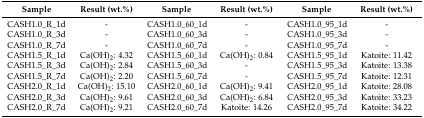
<table><thead><tr><td><b>Sample</b></td><td><b>Result (wt.%)</b></td><td><b>Sample</b></td><td><b>Result (wt.%)</b></td><td><b>Sample</b></td><td><b>Result (wt.%)</b></td></tr></thead><tbody><tr><td>CASH1.0_R_1d</td><td>-</td><td>CASH1.0_60_1d</td><td>-</td><td>CASH1.0_95_1d</td><td>-</td></tr><tr><td>CASH1.0_R_3d</td><td>-</td><td>CASH1.0_60_3d</td><td>-</td><td>CASH1.0_95_3d</td><td>-</td></tr><tr><td>CASH1.0_R_7d</td><td>-</td><td>CASH1.0_60_7d</td><td>-</td><td>CASH1.0_95_7d</td><td>-</td></tr><tr><td>CASH1.5_R_1d</td><td>Ca(OH)<sub>2</sub>: 4.32</td><td>CASH1.5_60_1d</td><td>Ca(OH)<sub>2</sub>: 0.84</td><td>CASH1.5_95_1d</td><td>Katoite: 11.42</td></tr><tr><td>CASH1.5_R_3d</td><td>Ca(OH)<sub>2</sub>: 2.84</td><td>CASH1.5_60_3d</td><td>-</td><td>CASH1.5_95_3d</td><td>Katoite: 13.38</td></tr><tr><td>CASH1.5_R_7d</td><td>Ca(OH)<sub>2</sub>: 2.20</td><td>CASH1.5_60_7d</td><td>-</td><td>CASH1.5_95_7d</td><td>Katoite: 12.31</td></tr><tr><td>CASH2.0_R_1d</td><td>Ca(OH)<sub>2</sub>: 15.10</td><td>CASH2.0_60_1d</td><td>Ca(OH)<sub>2</sub>: 9.41</td><td>CASH2.0_95_1d</td><td>Katoite: 28.08</td></tr><tr><td>CASH2.0_R_3d</td><td>Ca(OH)<sub>2</sub>: 9.61</td><td>CASH2.0_60_3d</td><td>Ca(OH)<sub>2</sub>: 6.84</td><td>CASH2.0_95_3d</td><td>Katoite: 33.23</td></tr><tr><td>CASH2.0_R_7d</td><td>Ca(OH)<sub>2</sub>: 9.21</td><td>CASH2.0_60_7d</td><td>Katoite: 14.26</td><td>CASH2.0_95_7d</td><td>Katoite: 34.22</td></tr></tbody></table>